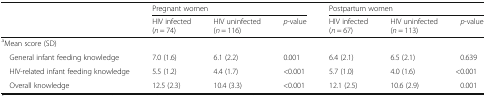
<table><thead><tr><td rowspan="2">[EMPTY_CELL]</td><td colspan="3"><b>Pregnant women</b></td><td colspan="3"><b>Postpartum women</b></td></tr><tr><td><b>HIV infected (<i>n</i> = 74)</b></td><td><b>HIV uninfected (<i>n</i> = 116)</b></td><td><b><i>p</i>-value</b></td><td><b>HIV infected (<i>n</i> = 67)</b></td><td><b>HIV uninfected (<i>n</i> = 113)</b></td><td><b><i>p</i>-value</b></td></tr></thead><tbody><tr><td colspan="7"><sup>a</sup>Mean score (SD)</td></tr><tr><td> General infant feeding knowledge</td><td>7.0 (1.6)</td><td>6.1 (2.2)</td><td>0.001</td><td>6.4 (2.1)</td><td>6.5 (2.1)</td><td>0.639</td></tr><tr><td> HIV-related infant feeding knowledge</td><td>5.5 (1.2)</td><td>4.4 (1.7)</td><td>&lt;0.001</td><td>5.7 (1.0)</td><td>4.0 (1.6)</td><td>&lt;0.001</td></tr><tr><td> Overall knowledge</td><td>12.5 (2.3)</td><td>10.4 (3.3)</td><td>&lt;0.001</td><td>12.1 (2.5)</td><td>10.6 (2.9)</td><td>0.001</td></tr></tbody></table>